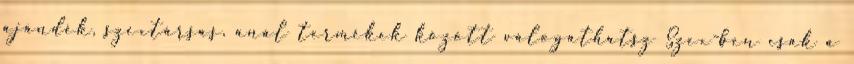
ajándék, szextársas, anál termékek között válogathatsz Szex-ben csak a